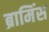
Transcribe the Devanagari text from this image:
ब्रामिंस